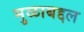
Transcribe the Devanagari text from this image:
मुळाबद्दल